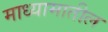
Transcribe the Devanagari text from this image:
माध्यामातील